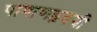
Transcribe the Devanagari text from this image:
पाषाणहृदयी